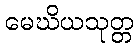
မေဃိယသုတ္တ